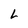
Character: L